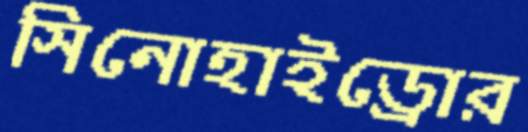
সিনোহাইড্রোর